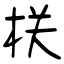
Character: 栚